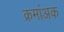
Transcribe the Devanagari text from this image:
क्रमांअक